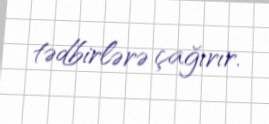
tədbirlərə çağırır.